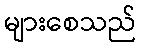
များစေသည်